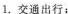
1.交通出行；